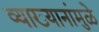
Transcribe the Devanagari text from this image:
व्याख्यानांमुळे